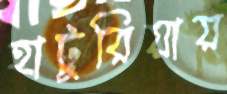
হাটুরিয়ায়